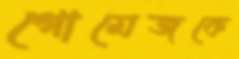
গোমেজকে